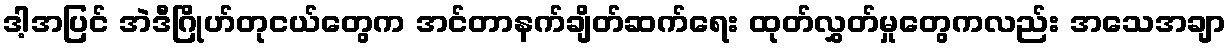
ဒါ့အပြင် အဲဒီဂြိုဟ်တုငယ်တွေက အင်တာနက်ချိတ်ဆက်ရေး ထုတ်လွှတ်မှုတွေကလည်း အသေအချာ